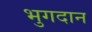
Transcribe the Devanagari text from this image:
भुगदान